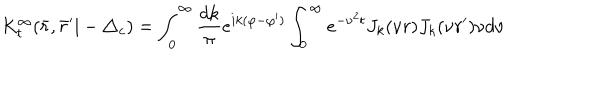
K _ { t } ^ { \infty } ( \bar { r } , \bar { r } ^ { \prime } | - \triangle _ { c } ) = \int _ { 0 } ^ { \infty } \frac { d k } { \pi } e ^ { i k ( \varphi - \varphi ^ { \prime } ) } \int _ { 0 } ^ { \infty } e ^ { - \nu ^ { 2 } t } J _ { k } ( \nu r ) J _ { k } ( \nu r ^ { \prime } ) \nu d \nu